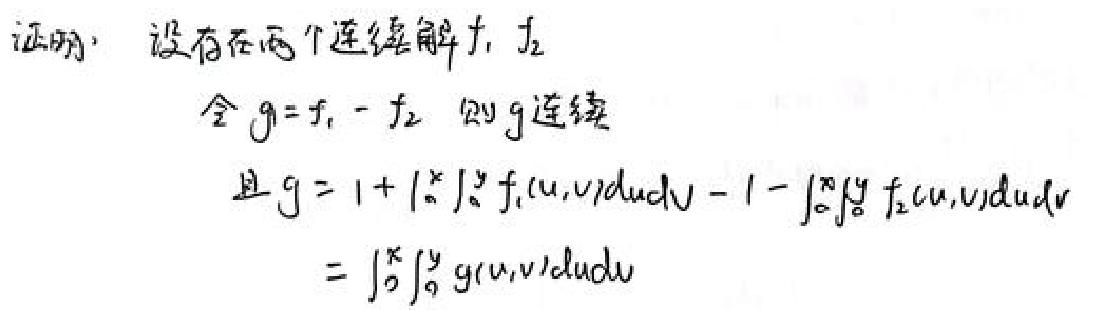
证明：设存在两个连续解$f_1,f_2$
令$g = f_1 - f_2$，则$g$连续
且$g=1+\int_{0}^{x}\int_{0}^{y}f_1(u,v)dudv - 1-\int_{0}^{x}\int_{0}^{y}f_2(u,v)dudv$
$=\int_{0}^{x}\int_{0}^{y}g(u,v)dudv$